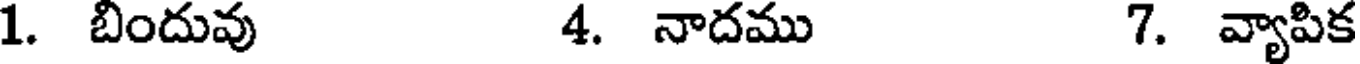
1. బిందువు 4. నాదము 7. వ్యాపిక